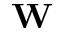
\mathbf { W }